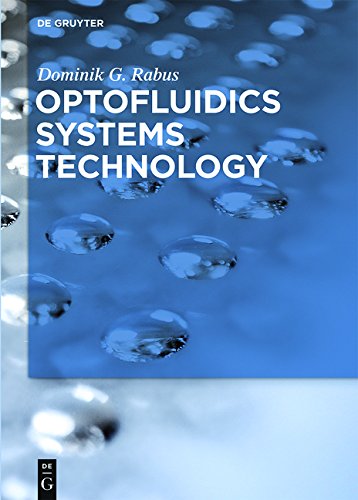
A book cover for Optofluidics Systems Technology; Dominik G. Rabus; Medical Books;